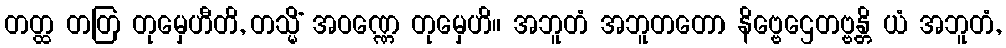
တတ္ထ တတြ တုမှေဟီတိ, တသ္မိံ အဝဏ္ဏေ တုမှေဟိ။ အဘူတံ အဘူတတော နိဗ္ဗေဌေတဗ္ဗန္တိ ယံ အဘူတံ,